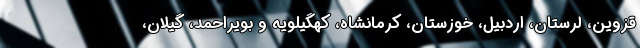
قزوین، لرستان، اردبیل، خوزستان، کرمانشاه، کهگیلویه و بویراحمد، گیلان،